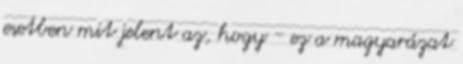
esetben mit jelent az, hogy - ez a magyarázat